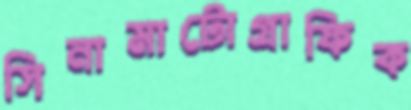
সিনামাটোগ্রাফিক